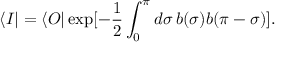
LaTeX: \langle I | = \langle { \cal O } | \exp [ - \frac 1 2 \int _ { 0 } ^ { \pi } d \sigma \, b ( \sigma ) b ( \pi - \sigma ) ] .